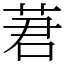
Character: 莙